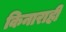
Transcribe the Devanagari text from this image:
किनाराही